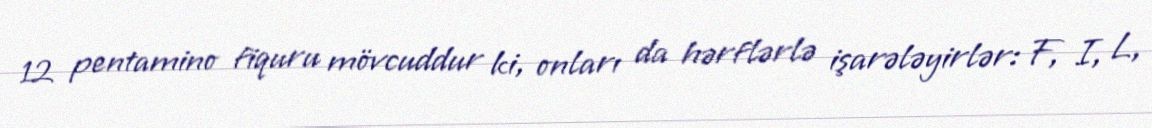
12 pentamino fiquru mövcuddur ki, onları da hərflərlə işarələyirlər: F, I, L,